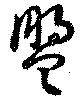
盟